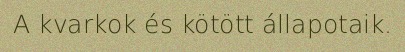
A kvarkok és kötött állapotaik.